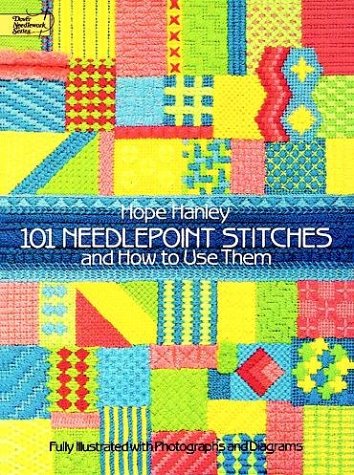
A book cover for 101 Needlepoint Stitches and How to Use Them: Fully Illustrated with Photographs and Diagrams (Dover Embroidery, Needlepoint); Hope Hanley; Crafts, Hobbies & Home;